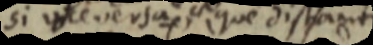
si ute versa que distant